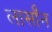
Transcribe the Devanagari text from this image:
लार्सॉन